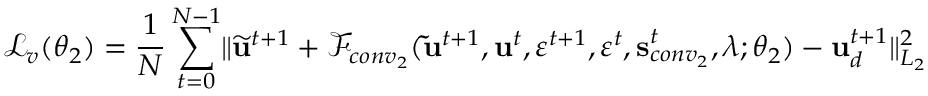
\mathcal { L } _ { v } ( \boldsymbol { \theta } _ { 2 } ) = \frac { 1 } { N } \sum _ { t = 0 } ^ { N - 1 } \lVert \widetilde { \mathbf { u } } ^ { t + 1 } + \mathscr { F } _ { c o n v _ { 2 } } ( \mathbf { \widetilde { u } } ^ { t + 1 } , \mathbf { u } ^ { t } , \varepsilon ^ { t + 1 } , \varepsilon ^ { t } , \mathbf { s } _ { c o n v _ { 2 } } ^ { t } , \boldsymbol { \lambda } ; \boldsymbol { \theta } _ { 2 } ) - \mathbf { u } _ { d } ^ { t + 1 } \rVert _ { L _ { 2 } } ^ { 2 }